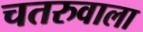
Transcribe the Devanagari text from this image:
चतरुवाला